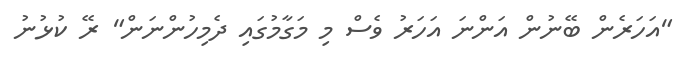
"އަހަރެން ބޭނުން އަންނަ އަހަރު ވެސް މި މަގާމުގައި ދެމިހުންނަން" ރޭ ކުޅުނު